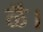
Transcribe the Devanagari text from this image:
ळै।